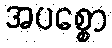
အပစ္စော